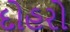
દોહરો